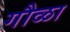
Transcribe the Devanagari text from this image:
गौळा